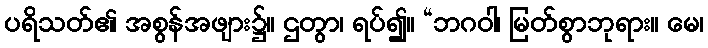
ပရိသတ်၏ အစွန်အဖျား၌။ ဌတွာ၊ ရပ်၍။ “ဘဂဝါ၊ မြတ်စွာဘုရား။ မေ၊